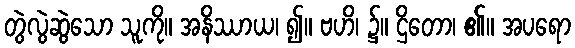
တွဲလွဲဆွဲသော သူကို။ အနိဿာယ၊ ၍။ ဗဟိ၊ ၌။ ဌိတော၊ ၏။ အပရော